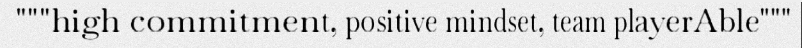
"""high commitment, positive mindset, team playerAble"""